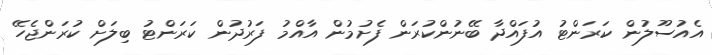
އެއުސޫލުން ކަރަންޓު އުފައްދާ ބޭނުންކުރަން ފެށުމުން އާއްމު ފަރުދުން ކަރަންޓު ބިލަށް ކުރަންޖެހޭ